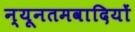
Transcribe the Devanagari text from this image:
न्यूनतमवादियों